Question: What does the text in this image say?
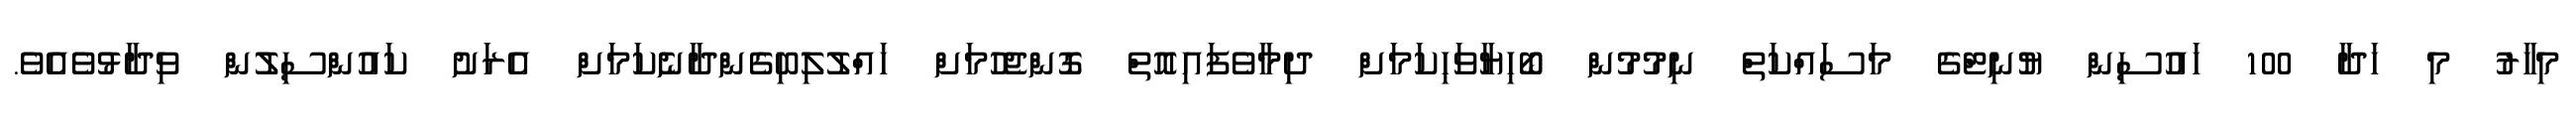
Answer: މިހާރު މި ހަދާ 100 ހައުސިން ޔުނިޓްގެ މަސައްކަތް ނިމުމުން ބޯހިޔާވަހިކަމަށް ދިމާވެފައިއޮތް ގޮންޖެހުމަށް ހައްލުލިބިގެންދާނެކަމަށް އެރަށު ކައުންސިލުން ވިދާޅުވެއެވެ.